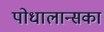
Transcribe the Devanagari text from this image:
पोधालान्सका